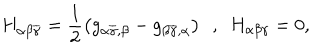
LaTeX: H _ { \alpha \beta \overline { { { \gamma } } } } = \frac { 1 } { 2 } \left( g _ { \alpha \overline { { { \gamma } } } , \beta } - g _ { \beta \overline { { { \gamma } } } , \alpha } \right) \ \ , \ \ H _ { \alpha \beta \gamma } = 0 ,